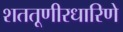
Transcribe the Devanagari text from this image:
शततूणीरधारिणे